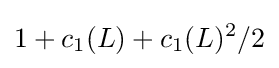
1+c_{1}(L)+c_{1}(L)^{2}/2